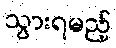
သွားရမည့်